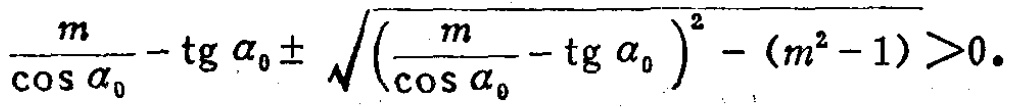
$\frac{m}{\cos \alpha_{0}}-\operatorname{tg} \alpha_{0}\pm \sqrt{\left(\frac{m}{\cos \alpha_{0}}-\operatorname{tg} \alpha_{0}\right)^{2}-(m^{2}-1)}>0.$